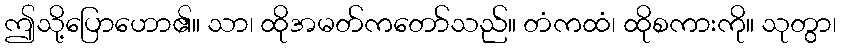
ဤသို့ပြောဟော၏။ သာ၊ ထိုအမတ်ကတော်သည်။ တံကထံ၊ ထိုစကားကို။ သုတွာ၊